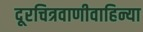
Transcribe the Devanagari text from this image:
दूरचित्रवाणीवाहिन्या